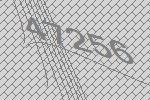
47256